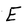
Character: E